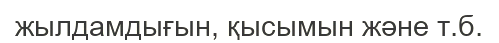
жылдамдығын, қысымын және т.б.